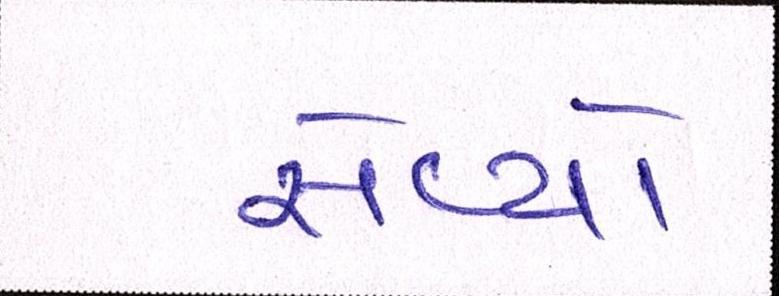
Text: સેવ્યો